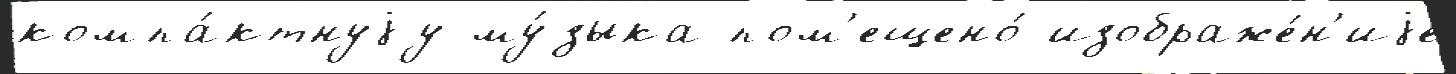
компа́ктнуjу му́зыка пом'ещено́ изображе́н'иjе